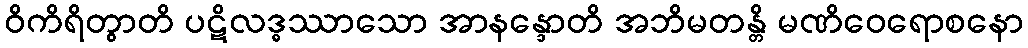
ဝိကိရိတွာတိ ပဋိလဒ္ဓဿာသော အာနန္ဒောတိ အဘိမတန္တိ မဏိဝေရောစနော